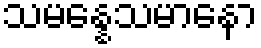
သမန္နေသမာနော